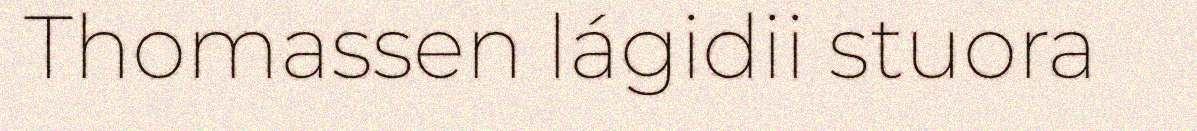
Thomassen lágidii stuora